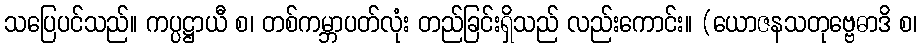
သပြေပင်သည်။ ကပ္ပဋ္ဌာယီ စ၊ တစ်ကမ္ဘာပတ်လုံး တည်ခြင်းရှိသည် လည်းကောင်း။ (ယောဇနသတုဗ္ဗေဓာဒိ စ၊